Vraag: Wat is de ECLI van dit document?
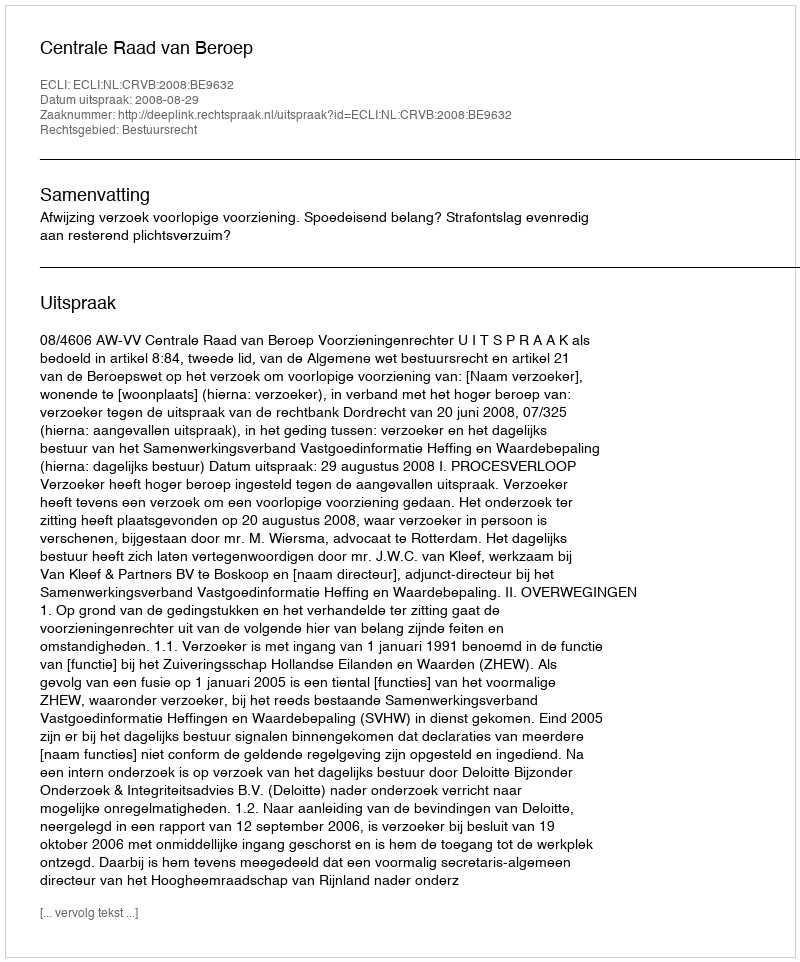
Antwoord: ECLI:NL:CRVB:2008:BE9632